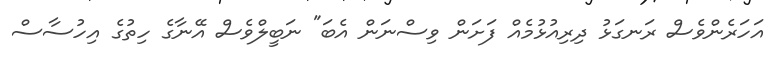
އަހަރެންވެސް ރަނގަޅު ދިރިއުޅުމެއް ފަށަން ވިސްނަން އެބަ" ނަބީލްވެސް އޭނާގެ ހިތުގެ އިހުސާސް